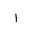
Letter: _alif